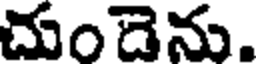
చుండెను.